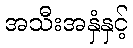
အသီးအနှံနှင့်